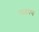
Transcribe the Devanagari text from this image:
लढवणं